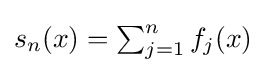
\textstyle s_{n}(x)=\sum _{j=1}^{n}f_{j}(x)